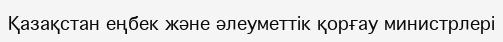
Қазақстан еңбек және әлеуметтік қорғау министрлері